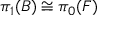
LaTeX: \pi _ { 1 } ( B ) \cong \pi _ { 0 } ( F )